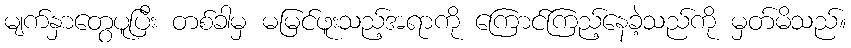
မျက်နှာတွေပူပြီး တစ်ခါမှ မမြင်ဖူးသည့်အရာကို ကြောင်ကြည့်နေခဲ့သည်ကို မှတ်မိသည်။